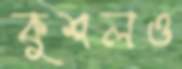
কুশলও